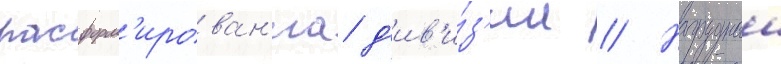
расформ'ирован'иа д'ив'и́з'ии // Нагрудныи